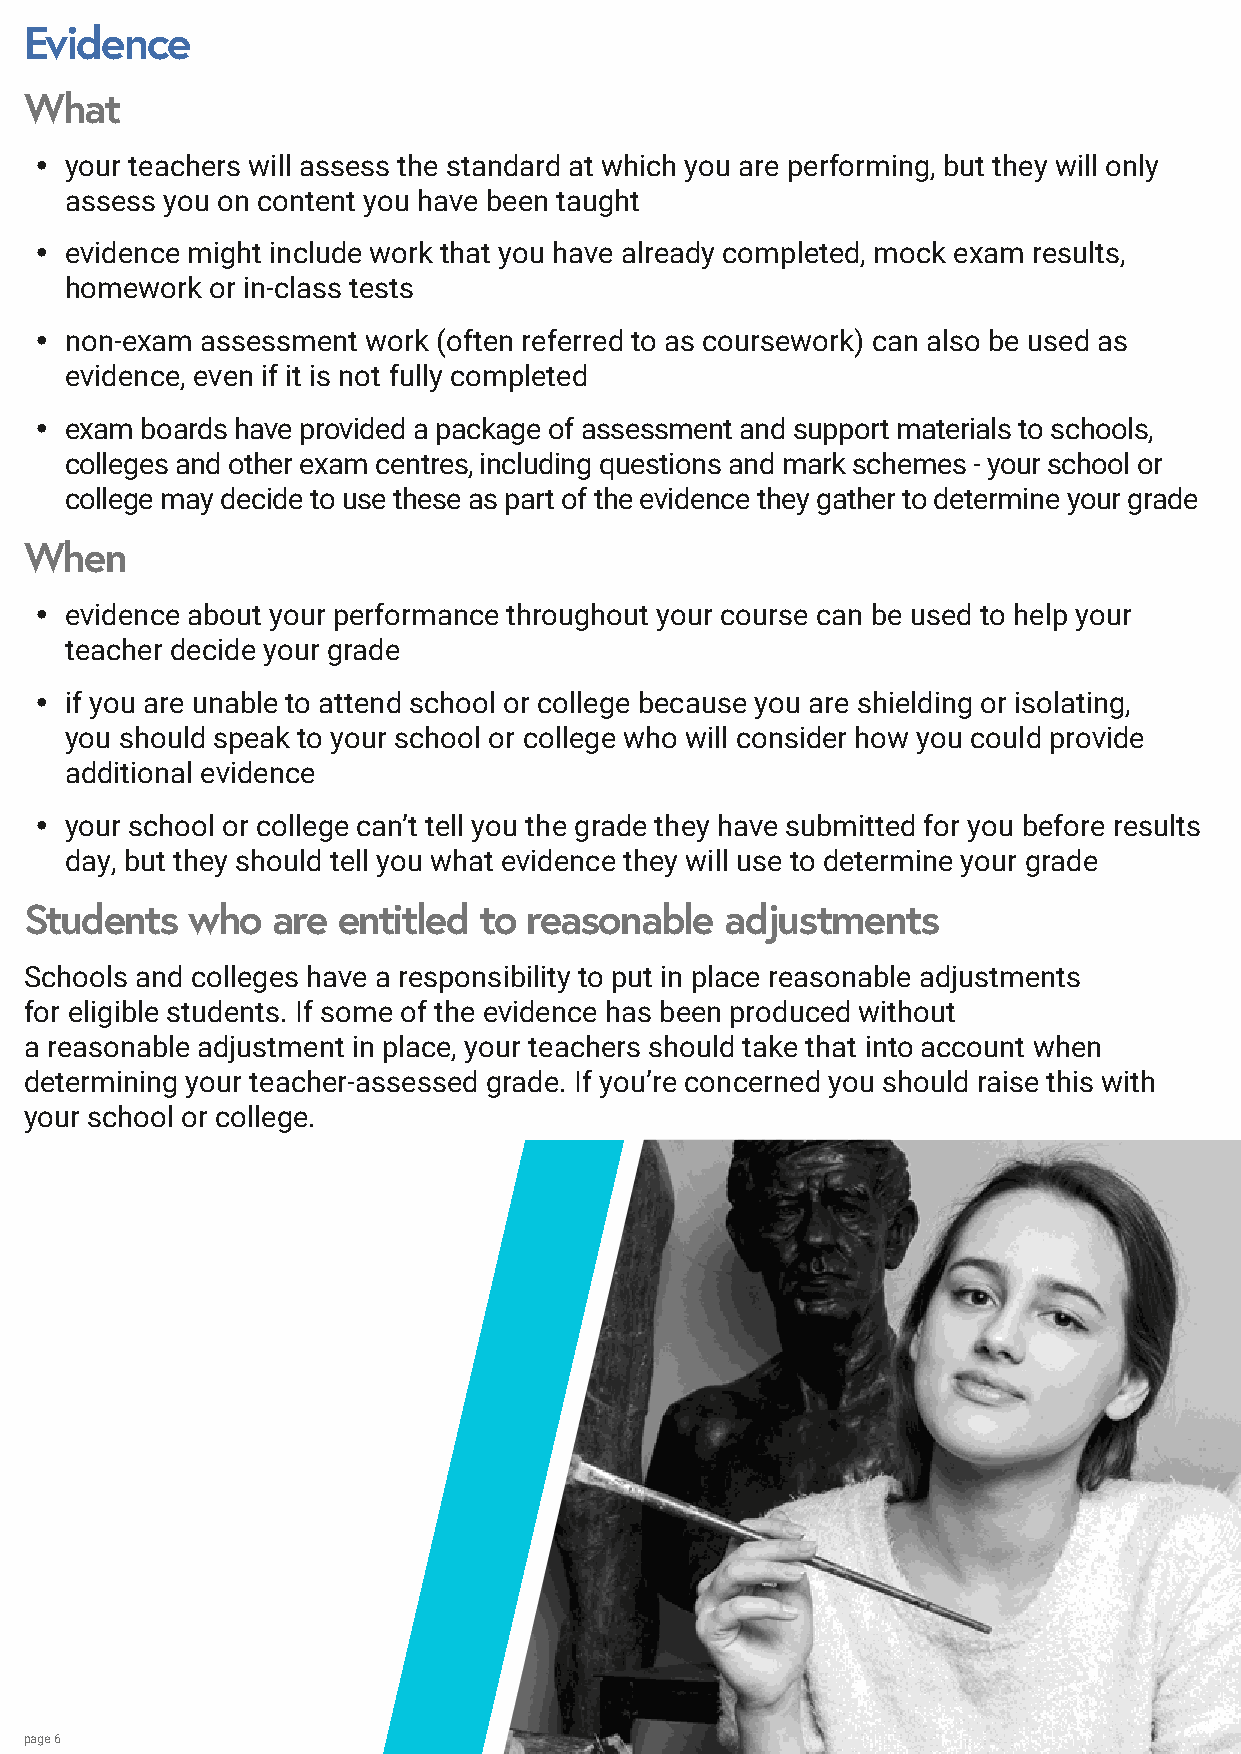
Evidence
 What
 y your teachers will assess the standard at which you are performing, but they will only
 assess you on content you have been taught
 y evidence might include work that you have already completed, mock exam results,
 homework  or in-class tests
 y non-exam assessment work (often referred to as coursework) can also be used as
 evidence, even if it is not fully completed
 y exam boards have provided a package of assessment and support materials to schools,
 colleges and other exam centres, including questions and mark schemes - your school or
 college may decide to use these as part of the evidence they gather to determine your grade
 When
 y evidence about your performance throughout your course can be used to help your
 teacher decide your grade
 y if you are unable to attend school or college because you are shielding or isolating,
 you should speak to your school or college who will consider how you could provide
 additional evidence
 y your school or college can’t tell you the grade they have submitted for you before results
 day, but they should tell you what evidence they will use to determine your grade
 Students   who  are entitled  to reasonable   adjustments
 Schools and colleges have a responsibility to put in place reasonable adjustments
 for eligible students. If some of the evidence has been produced without
 a reasonable adjustment in place, your teachers should take that into account when
 determining your teacher-assessed grade. If you’re concerned you should raise this with
 your school or college.
 page 6